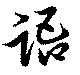
語